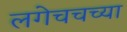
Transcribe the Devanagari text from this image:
लगेचचच्या